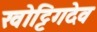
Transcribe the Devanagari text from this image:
खोट्टिगदेव